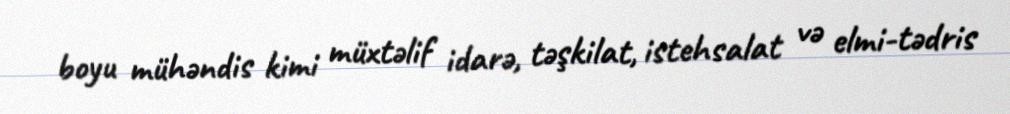
boyu mühəndis kimi müxtəlif idarə, təşkilat, istehsalat və elmi-tədris